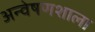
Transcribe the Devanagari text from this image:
अन्वेषणशाला